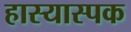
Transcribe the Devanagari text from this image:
हास्यास्पक